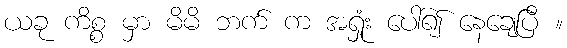
ယခု ကိစ္စ မှာ မိမိ ဘက် က အရှုံး ပေါ်၍ နေချေပြီ ။